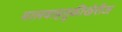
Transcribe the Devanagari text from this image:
मालवाहतूकीखेरीज